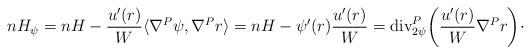
LaTeX: \begin{align*}nH_{\psi} = nH -\frac{u'(r)}{W}\langle\nabla^P \psi, \nabla^P r\rangle = nH -\psi'(r)\frac{u'(r)}{W} = {\rm div}^P_{2\psi}\bigg(\frac{u'(r)}{W}\nabla^P r\bigg)\cdot\end{align*}